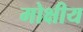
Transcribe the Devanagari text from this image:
मोक्षीय